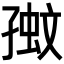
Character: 𡦉